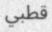
قطبي